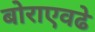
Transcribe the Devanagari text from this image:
बोराएवढे